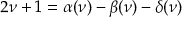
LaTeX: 2 \nu + 1 = \alpha ( \nu ) - \beta ( \nu ) - \delta ( \nu )